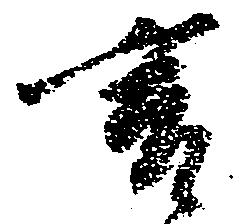
言